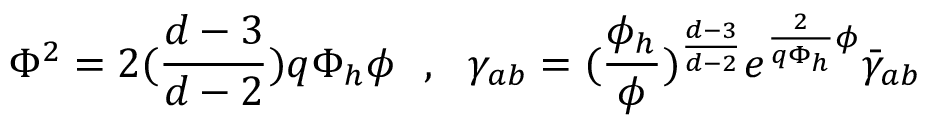
\Phi ^ { 2 } = 2 ( { \frac { d - 3 } { d - 2 } } ) q \Phi _ { h } \phi ~ ~ , ~ ~ \gamma _ { a b } = ( { \frac { \phi _ { h } } { \phi } } ) ^ { \frac { d - 3 } { d - 2 } } e ^ { { \frac { 2 } { q \Phi _ { h } } } \phi } \bar { \gamma } _ { a b } ~ ~